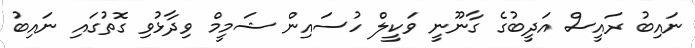
ނައިބު ރައީސް އަދީބުގެ ގާނޫނީ ވަކީލް ހުސައިން ޝަމީމް ވިދާޅުވި ގޮތުގައި ނައިބު